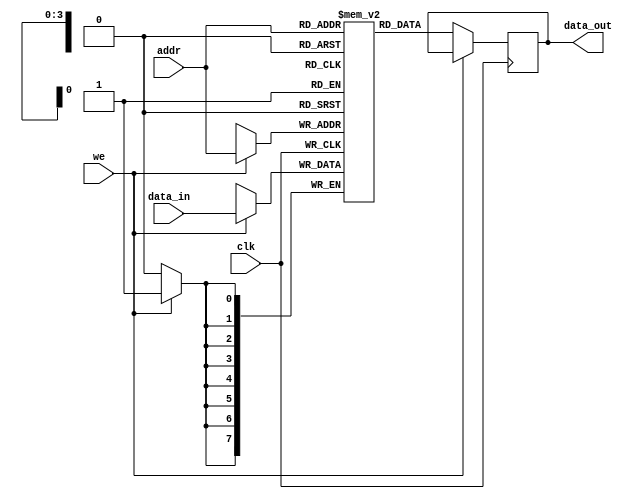
module single_port_ram #(
    parameter DATA_WIDTH = 8,    // Width of data in bits
    parameter ADDR_WIDTH = 4     // Width of address in bits (2^ADDR_WIDTH = DEPTH)
)(
    input wire clk,              // Clock signal
    input wire we,               // Write enable signal
    input wire [ADDR_WIDTH-1:0] addr, // Address input
    input wire [DATA_WIDTH-1:0] data_in, // Data input
    output reg [DATA_WIDTH-1:0] data_out // Data output
);

    // Memory declaration
    reg [DATA_WIDTH-1:0] ram [(2**ADDR_WIDTH)-1:0];

    // Synchronous RAM operation
    always @(posedge clk) begin
        if (we) begin
            // Write operation
            ram[addr] <= data_in;
        end else begin
            // Read operation
            data_out <= ram[addr];
        end
    end

    // Optional: Asynchronous reset (uncomment if needed)
    // input wire rst; // Reset signal
    // always @(posedge clk or posedge rst) begin
    //     if (rst) begin
    //         // Initialize memory to zero or predefined values
    //         integer i;
    //         for (i = 0; i < (2**ADDR_WIDTH); i = i + 1) begin
    //             ram[i] <= 0;
    //         end
    //     end else begin
    //         if (we) begin
    //             ram[addr] <= data_in;
    //         end else begin
    //             data_out <= ram[addr];
    //         end
    //     end
    // end

endmodule